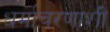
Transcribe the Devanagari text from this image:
धर्माचरणाशी